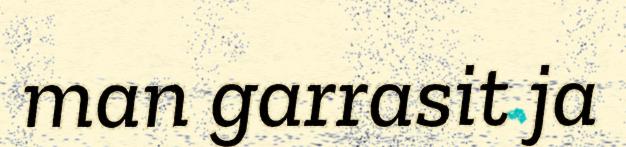
man garrasit ja